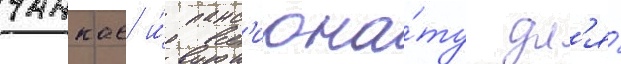
чанкае и́ панс'иона́ту дл'я́